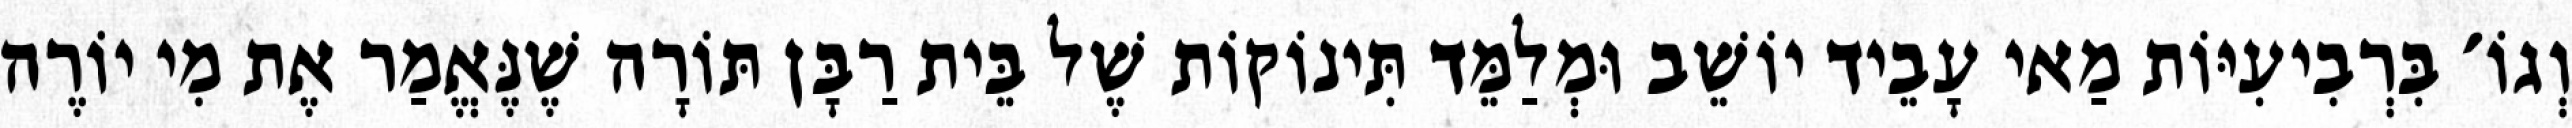
וְגוֹ׳ בִּרְבִיעִיּוֹת מַאי עָבֵיד יוֹשֵׁב וּמְלַמֵּד תִּינוֹקוֹת שֶׁל בֵּית רַבָּן תּוֹרָה שֶׁנֶּאֱמַר אֶת מִי יוֹרֶה